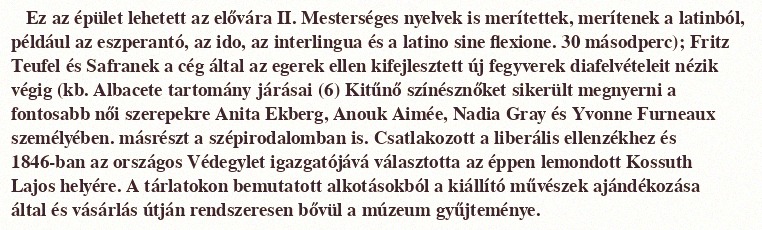
Ez az épület lehetett az elővára II. Mesterséges nyelvek is merítettek, merítenek a latinból, például az eszperantó, az ido, az interlingua és a latino sine flexione. 30 másodperc); Fritz Teufel és Safranek a cég által az egerek ellen kifejlesztett új fegyverek diafelvételeit nézik végig (kb. Albacete tartomány járásai (6) Kitűnő színésznőket sikerült megnyerni a fontosabb női szerepekre Anita Ekberg, Anouk Aimée, Nadia Gray és Yvonne Furneaux személyében. másrészt a szépirodalomban is. Csatlakozott a liberális ellenzékhez és 1846-ban az országos Védegylet igazgatójává választotta az éppen lemondott Kossuth Lajos helyére. A tárlatokon bemutatott alkotásokból a kiállító művészek ajándékozása által és vásárlás útján rendszeresen bővül a múzeum gyűjteménye.